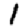
Digit: 1